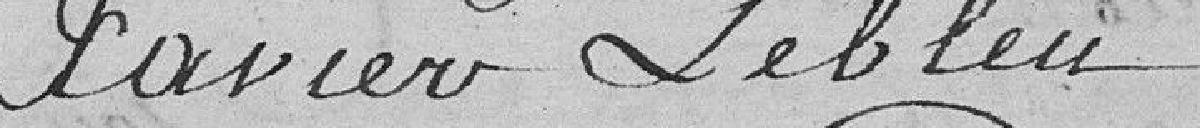
Xavier Lebleu